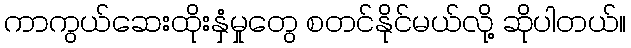
ကာကွယ်ဆေးထိုးနှံမှုတွေ စတင်နိုင်မယ်လို့ ဆိုပါတယ်။